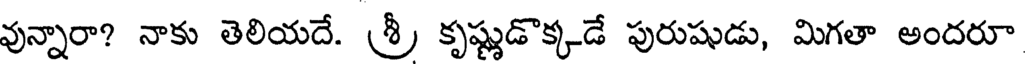
వున్నారా? నాకు తెలియదే. శ్రీ కృష్ణుడొక్కడే పురుషుడు, మిగతా అందరూ